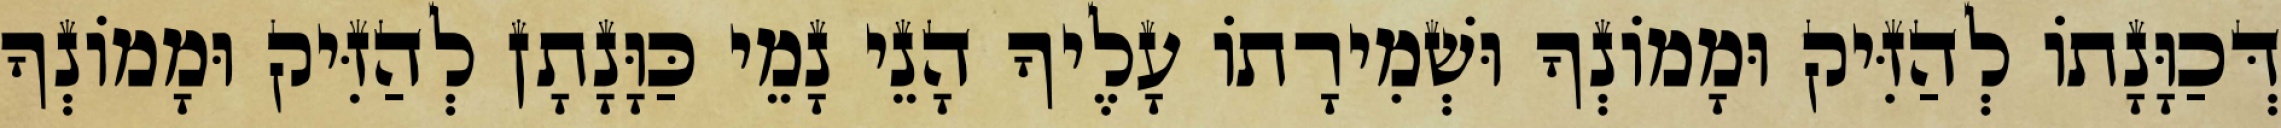
דְּכַוָּנָתוֹ לְהַזִּיק וּמָמוֹנְךָ וּשְׁמִירָתוֹ עָלֶיךָ הָנֵי נָמֵי כַּוָּנָתָן לְהַזִּיק וּמָמוֹנְךָ